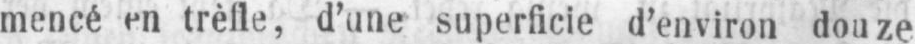
d’une superficie d’environ douze